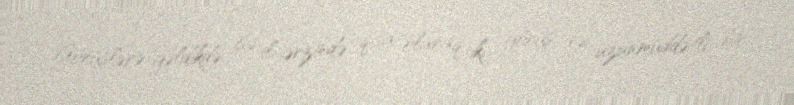
Görüşlərə gəldikdə isə il ərzində qısa olaraq iki görüş və uzunmüddətli bir